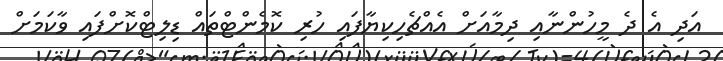
އަދި އެ ދެ މީހުންނާއި ދިމާއަށް އެއްޗެހިކިޔާފައި ހުރި ކޮމެންޓްތައް ޑިލިޓްކޮށްފައި ވާކަމަށް